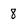
Character: 8